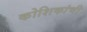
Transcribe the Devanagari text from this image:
कोशिकांची